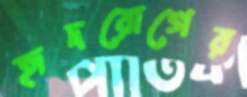
হৃদরোগের